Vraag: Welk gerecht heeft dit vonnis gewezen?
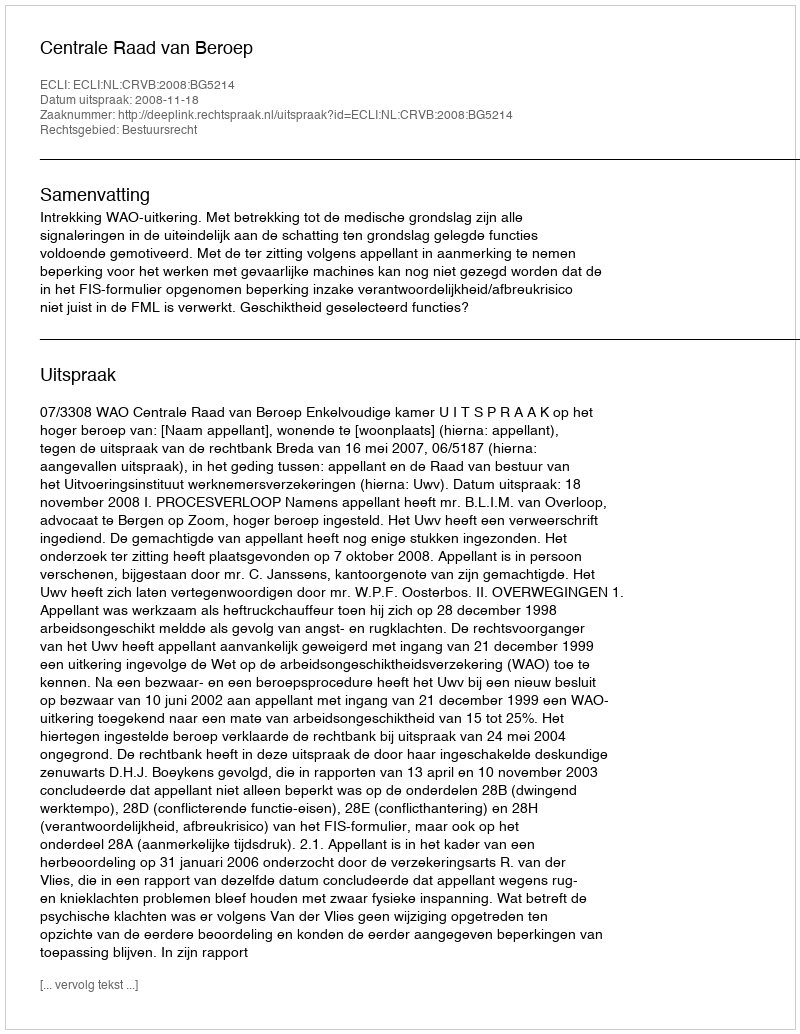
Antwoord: Centrale Raad van Beroep